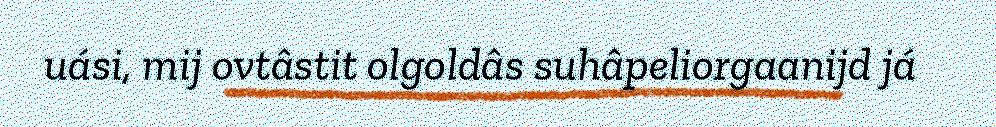
uási, mij ovtâstit olgoldâs suhâpeliorgaanijd já